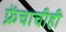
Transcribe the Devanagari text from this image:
फ्रेंचाचीही